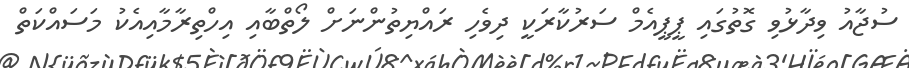
ސުޖާއު ވިދާޅުވި ގޮތުގައި ޕީޕީއެމް ސަރުކާރަކީ ދިވެހި ރައްޔިތުންނަށް ލޯތްބާއި އިހްތިރާމާއިއެކު މަސައްކަތް